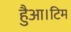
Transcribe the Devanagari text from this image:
हैुआ।टिम